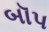
બૉપ